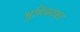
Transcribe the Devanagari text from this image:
भूमिकाका